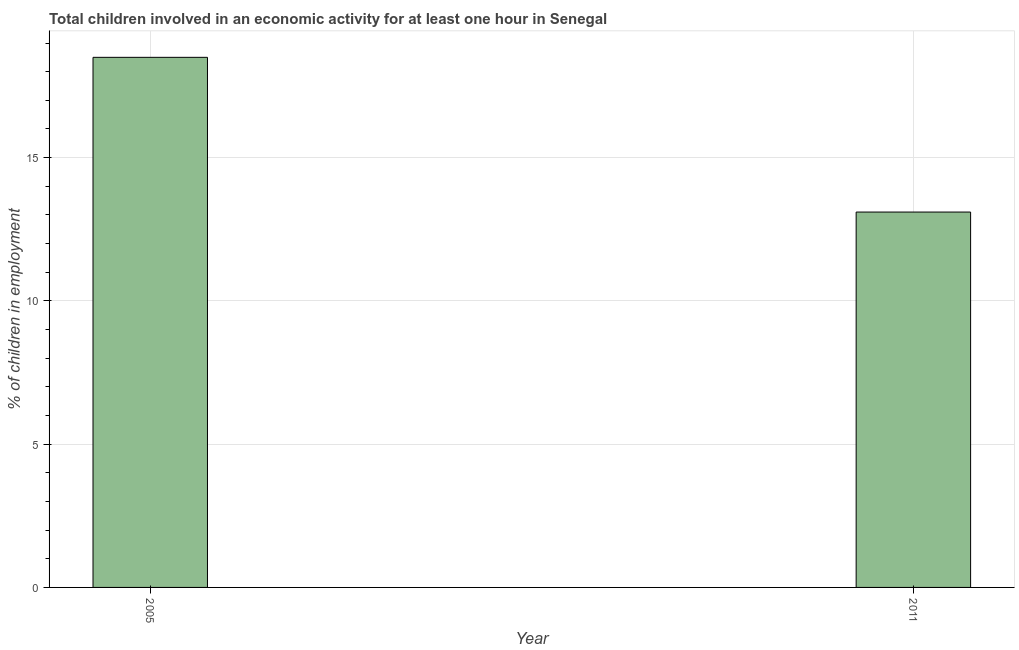
| Year | Children in employment |
 | --- | --- |
 | 2005 | 18.5 |
 | 2011 | 13.1 |